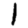
Digit: 1